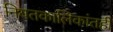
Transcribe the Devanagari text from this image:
नियतकालिकांतही